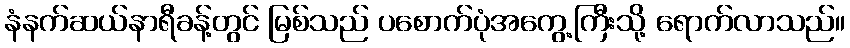
နံနက်ဆယ်နာရီခန့်တွင် မြစ်သည် ပစောက်ပုံအကွေ့ကြီးသို့ ရောက်လာသည်။